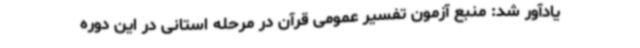
یادآور شد: منبع آزمون تفسیر عمومی قرآن در مرحله استانی در این دوره